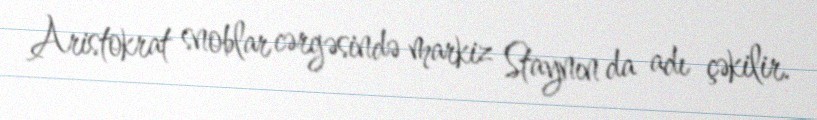
Aristokrat snoblar cərgəsində markiz Staynın da adı çəkilir.